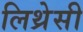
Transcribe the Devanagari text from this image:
लिथ्रेसी